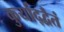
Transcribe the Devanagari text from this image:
कुर्याद्द्वैतं